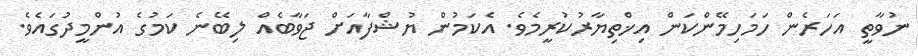
ނުވާތީ އަހަރެން ހަމަހިމޭންކަން އިޚްތިޔާރުކުރީމެވެ. އެކަމުން ޔުޝްފާއަށް ޖަވާބެއް ލިބޭނެ ކަމުގެ އުންމީދުގައެވެ.